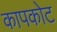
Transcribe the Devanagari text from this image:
कापकोट